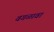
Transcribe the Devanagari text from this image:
वगळावा